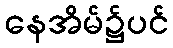
နေအိမ်၌ပင်